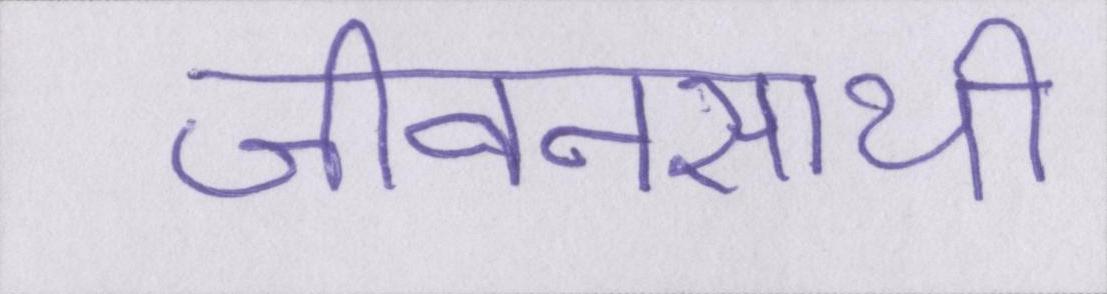
जीवनसाथी